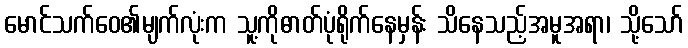
မောင်သက်ဝေ၏မျက်လုံးက သူ့ကိုဓာတ်ပုံရိုက်နေမှန်း သိနေသည့်အမူအရာ၊ သို့သော်